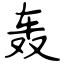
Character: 轰